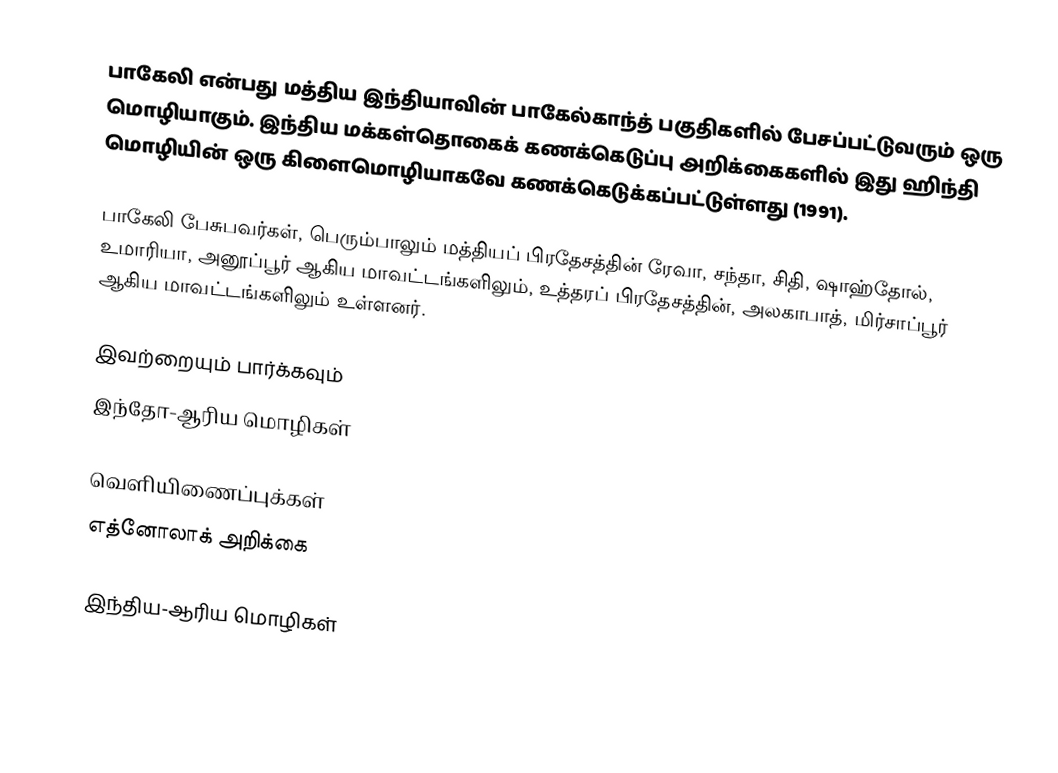
பாகேலி என்பது மத்திய இந்தியாவின் பாகேல்காந்த் பகுதிகளில் பேசப்பட்டுவரும் ஒரு மொழியாகும். இந்திய மக்கள்தொகைக் கணக்கெடுப்பு அறிக்கைகளில் இது ஹிந்தி மொழியின் ஒரு கிளைமொழியாகவே கணக்கெடுக்கப்பட்டுள்ளது (1991).

பாகேலி பேசுபவர்கள், பெரும்பாலும் மத்தியப் பிரதேசத்தின் ரேவா, சந்தா, சிதி, ஷாஹ்தோல், உமாரியா, அனூப்பூர் ஆகிய மாவட்டங்களிலும், உத்தரப் பிரதேசத்தின், அலகாபாத், மிர்சாப்பூர் ஆகிய மாவட்டங்களிலும் உள்ளனர்.

இவற்றையும் பார்க்கவும்
 இந்தோ-ஆரிய மொழிகள்

வெளியிணைப்புக்கள்
 எத்னோலாக் அறிக்கை

இந்திய-ஆரிய மொழிகள்